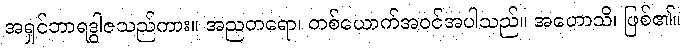
အရှင်ဘာရဒွါဇသည်ကား။ အညတရော၊ တစ်ယောက်အဝင်အပါသည်။ အဟောသိ၊ ဖြစ်၏။